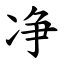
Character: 净